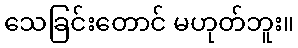
သေခြင်းတောင် မဟုတ်ဘူး။